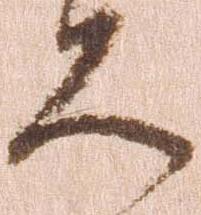
ろ